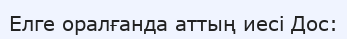
Елге оралғанда аттың иесі Дос: